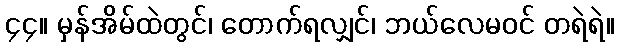
၄၄။ မှန်အိမ်ထဲတွင်၊ တောက်ရလျှင်၊ ဘယ်လေမဝင် တရဲရဲ။